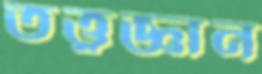
তত্ত্বজ্ঞান